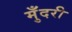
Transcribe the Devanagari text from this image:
मुँदरी